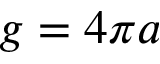
g = 4 \pi a